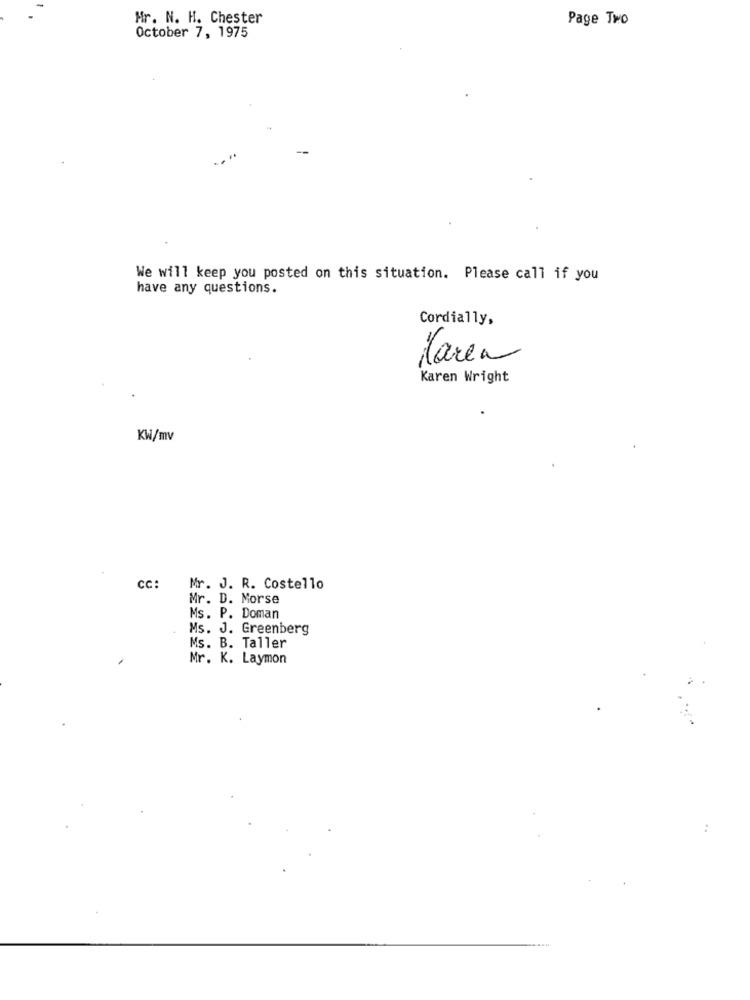
Mr. N. H. Chester
Page Two
October 7, 1975
We will keep you posted on this situation. Please call if you
have any questions.
Cordially,
Maren
Karen Wright
KW/mv
CC:
Mr. J. R. Costello
Mr. D. Morse
Ms. P. Doman
Ms. J. Greenberg
Ms. B. Taller
Mr. K. Laymon
: